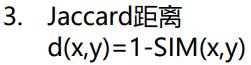
3. Jaccard距离
$d(x,y)=1-\mathrm{SIM}(x,y)$